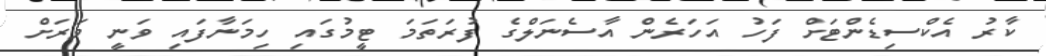
ކާރު އެކްސިޑެންޓަށް ފަހު އަހަރެން އާސެނަލްގެ ފުރަތަމަ ޓީމުގައި ހިމަނާފައި ވަނީ ވަރަށް